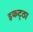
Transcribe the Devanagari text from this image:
इकट्‌ठा